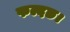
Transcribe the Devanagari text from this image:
फल्दछ।